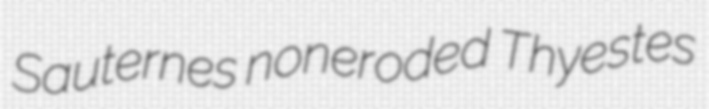
Sauternes noneroded Thyestes